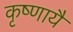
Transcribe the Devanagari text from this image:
कृष्णायै